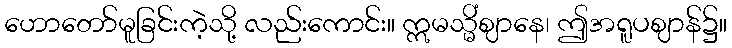
ဟောတော်မူခြင်းကဲ့သို့ လည်းကောင်း။ ဣမသ္မိံဈာနေ၊ ဤအရူပဈာန်၌။